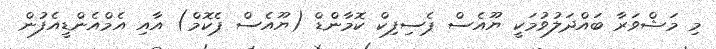
މި މަޝްވަރާ ބައްދަލުވުމަކީ ޔޫއެސް ޕެސިފިކް ކޮމާންޑް (ޔޫއެސް ޕެކޮމް) އާއި އެމްއެންޑީއެފުން